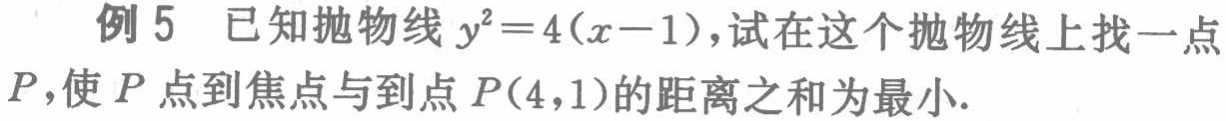
例 5 已知抛物线 \(y^{2}=4(x - 1)\)，试在这个抛物线上找一点 \(P\)，使 \(P\) 点到焦点与到点 \(P(4,1)\) 的距离之和为最小.